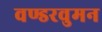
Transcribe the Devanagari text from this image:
वण्डरवुमन